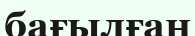
бағылған